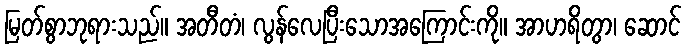
မြတ်စွာဘုရားသည်။ အတီတံ၊ လွန်လေပြီးသောအကြောင်းကို။ အာဟရိတွာ၊ ဆောင်